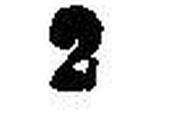
2